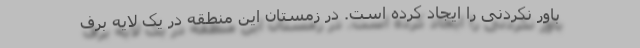
باور نکردنی را ایجاد کرده است. در زمستان این منطقه در یک لایه برف